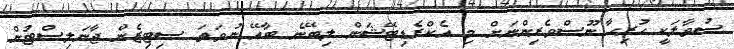
ސުވާލަކީ ހުރިހާ ނޫސްވެރިންނަށް މި އެކްރެޑިޓޭޝަން ލިބޭނެ ބާއޭ ނުވަތަ ސިޓިޒެން ޖާނަލިސްޓުން